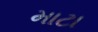
માટા